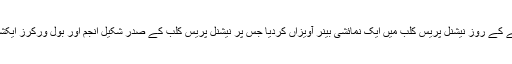
ملین دستخطی مہم کے سلسلے میں ایکشن کمیٹی نے پہلے مرحلے میں ہفتے کے روز نیشنل پریس کلب میں ایک نمائشی بینر آویزاں کردیا جس پر نیشنل پریس کلب کے صدر شکیل انجم اور بول ورکرز ایکشن کمیٹی کے صدر سبوخ سید نے دستخط کرکے باضابطہ مہم کا آغاز کیا۔